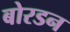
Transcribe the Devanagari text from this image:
बोरडन